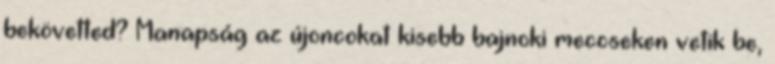
bekövetted? Manapság az újoncokat kisebb bajnoki meccseken vetik be,